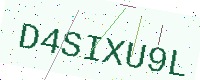
Text: D4SIXU9L